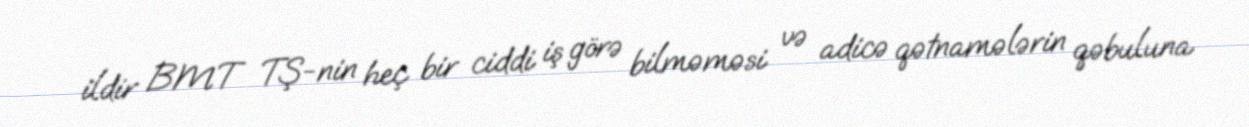
ildir BMT TŞ-nin heç bir ciddi iş görə bilməməsi və adicə qətnamələrin qəbuluna